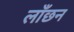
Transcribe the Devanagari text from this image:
लाँछन